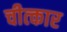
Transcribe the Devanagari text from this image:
चीत्‍कार